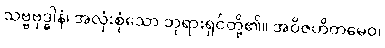
သဗ္ဗဗုဒ္ဓါနံ၊ အလုံးစုံသော ဘုရားရှင်တို့၏။ အဝိဇဟိတမေဝ၊